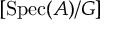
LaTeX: [ { \mathrm { S p e c } } ( A ) / G ]